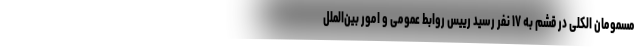
مسمومان الکلی در قشم به ۱۷ نفر رسید رییس روابط عمومی و امور بین‌الملل